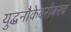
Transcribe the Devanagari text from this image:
युद्धनौकेबरोबरच